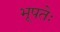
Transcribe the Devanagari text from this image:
भूपतेः